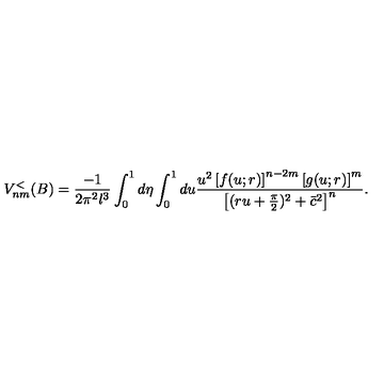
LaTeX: V _ { n m } ^ { < } ( B ) = \frac { - 1 } { 2 \pi ^ { 2 } l ^ { 3 } } \int _ { 0 } ^ { 1 } d \eta \int _ { 0 } ^ { 1 } d u \frac { u ^ { 2 } \left[ f ( u ; r ) \right] ^ { n - 2 m } \left[ g ( u ; r ) \right] ^ { m } } { \left[ ( r u + \frac { \pi } { 2 } ) ^ { 2 } + \bar { c } ^ { 2 } \right] ^ { n } } .